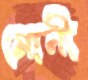
মোনী